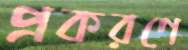
প্রকরণে